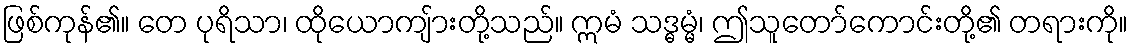
ဖြစ်ကုန်၏။ တေ ပုရိသာ၊ ထိုယောကျ်ားတို့သည်။ ဣမံ သဒ္ဓမ္မံ၊ ဤသူတော်ကောင်းတို့၏ တရားကို။